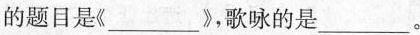
的题目是《___》，歌咏的是___.